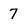
Character: 7